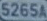
S265A